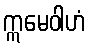
ဣမေဝါဟံ